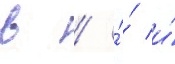
в / ́́ и́